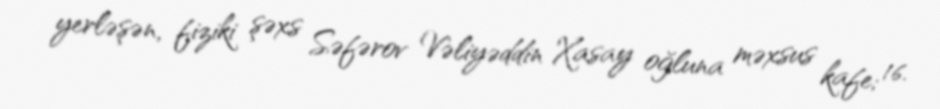
yerləşən, fiziki şəxs Səfərov Vəliyəddin Xasay oğluna məxsus kafe; 16.